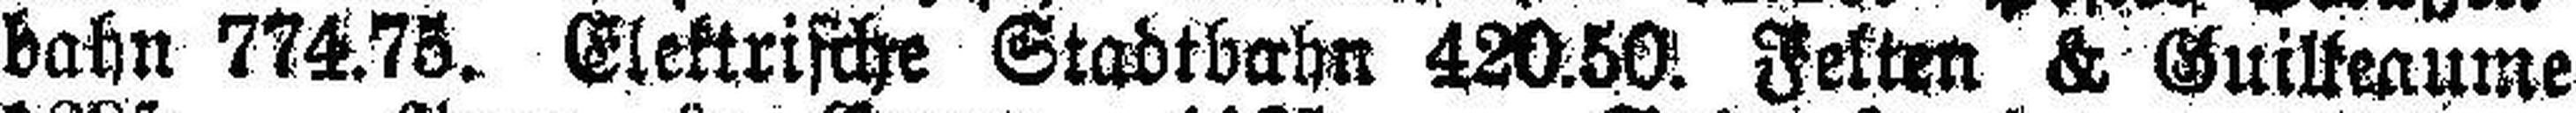
bahn 774.75. Elektrische Stadtbahn 420.50. Felten & Guilleaume